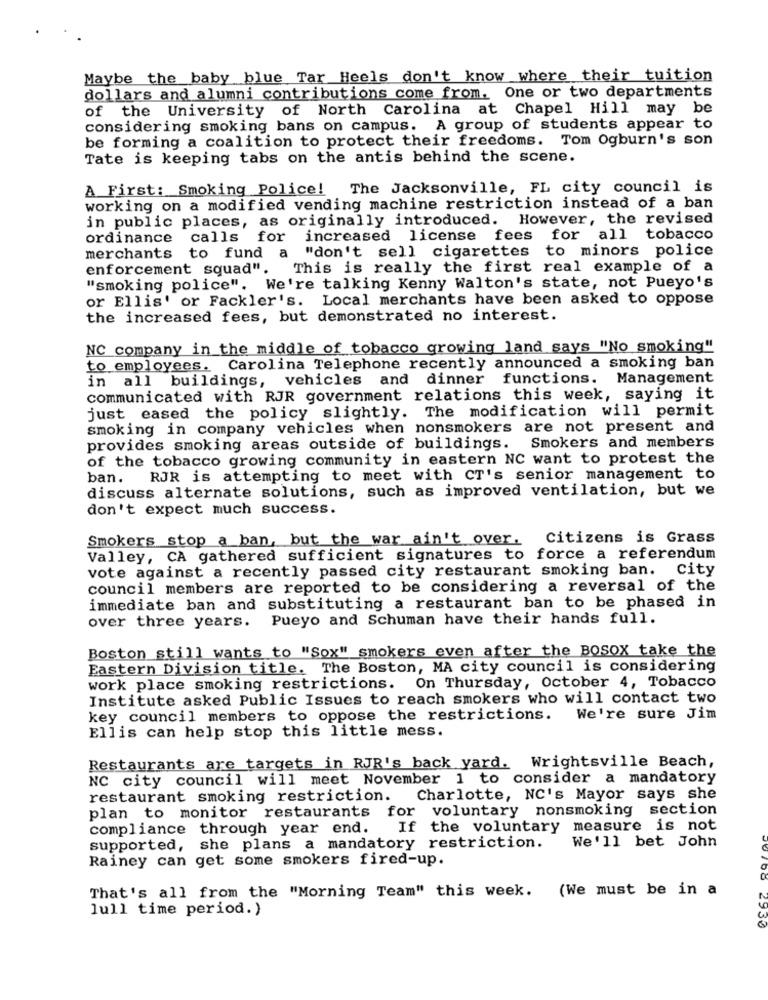
Maybe the baby blue Tar Heels don't know where their tuition
dollars and alumni contributions come from. One or two departments
of the University of North Carolina at Chapel Hill may be
considering smoking bans on campus. A group of students appear to
be forming a coalition to protect their freedoms. Tom Ogburn's son
Tate is keeping tabs on the antis behind the scene.
A First: Smoking Police!
The Jacksonville, FL city council is
working on a modified vending machine restriction instead of a ban
in public places, as originally introduced. However, the revised
ordinance calls
for increased license fees for all tobacco
merchants to fund a "don't sell cigarettes to minors police
enforcement squad".
This is really the first real example of a
"smoking police". We're talking Kenny Walton's state, not Pueyo's
or Ellis' or Fackler's. Local merchants have been asked to oppose
the increased fees, but demonstrated no interest.
NC company in the middle of tobacco growing land says "No smoking"
to employees. Carolina Telephone recently announced a smoking ban
in all buildings, vehicles and dinner functions. Management
communicated with RJR government relations this week, saying it
just eased the policy slightly. The modification will permit
smoking in company vehicles when nonsmokers are not present and
provides smoking areas outside of buildings. Smokers and members
of the tobacco growing community in eastern NC want to protest the
ban. RJR is attempting to meet with CT's senior management to
discuss alternate solutions, such as improved ventilation, but we
don't expect much success.
Smokers stop a ban, but the war ain't over. citizens is Grass
Valley, CA gathered sufficient signatures to force a referendum
vote against a recently passed city restaurant smoking ban. City
council members are reported to be considering a reversal of the
immediate ban and substituting a restaurant ban to be phased in
over three years. Pueyo and Schuman have their hands full.
Boston still wants to "Sox" smokers even after the Bosox take the
Eastern Division title. The Boston, MA city council is considering
work place smoking restrictions. On Thursday, October 4, Tobacco
Institute asked Public Issues to reach smokers who will contact two
key council members to oppose the restrictions. We're sure Jim
Ellis can help stop this little mess.
Restaurants are targets in RJR's back yard. Wrightsville Beach,
NC city council will meet November 1 to consider a mandatory
restaurant smoking restriction. Charlotte, NC's Mayor says she
plan to monitor restaurants for voluntary nonsmoking section
compliance through year end.
If the voluntary measure is not
We'll bet John
supported, she plans a mandatory restriction.
Rainey can get some smokers fired-up.
That's all from the "Morning Team" this week. (We must be in a
lull time period.)
2930